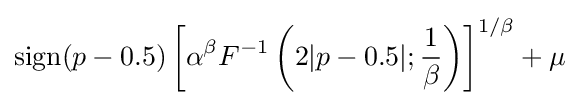
{\text{sign}}(p-0.5)\left[\alpha ^{\beta }F^{-1}\left(2|p-0.5|;{\frac {1}{\beta }}\right)\right]^{1/\beta }+\mu